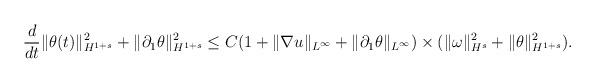
LaTeX: \begin{align*}\frac{d}{dt}\|\theta(t)\|_{H^{1+s}}^2+\|\partial_1\theta\|_{H^{1+s}}^2\leq C(1+\|\nabla u\|_{L^\infty}+\|\partial_1\theta\|_{L^\infty})\times(\|\omega\|_{H^s}^2+\|\theta\|_{H^{1+s}}^2).\end{align*}